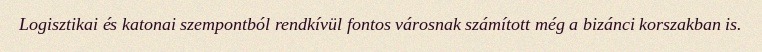
Logisztikai és katonai szempontból rendkívül fontos városnak számított még a bizánci korszakban is.